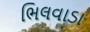
ભિલવાડા